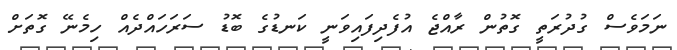
ނަމަވެސް ގުދުރަތީ ގޮތުން ރާއްޖެ އުފެދިފައިވަނީ ކަނޑުގެ ބޮޑު ސަރަހައްދެއް ހިމެނޭ ގޮތަށް